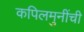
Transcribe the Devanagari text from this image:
कपिलमुनींची